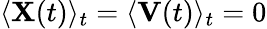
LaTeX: \langle\mathbf{X}(t)\rangle_{t}=\langle\mathbf{V}(t)\rangle_{t}=0